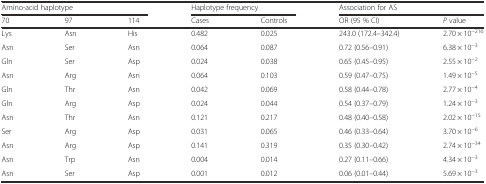
<table><thead><tr><td colspan="3"><b>Amino-acid haplotype</b></td><td colspan="2"><b>Haplotype frequency</b></td><td colspan="2"><b>Association for AS</b></td></tr><tr><td><b>70</b></td><td><b>97</b></td><td><b>114</b></td><td><b>Cases</b></td><td><b>Controls</b></td><td><b>OR (95 % CI)</b></td><td><b><i>P</i> value</b></td></tr></thead><tbody><tr><td>Lys</td><td>Asn</td><td>His</td><td>0.482</td><td>0.025</td><td>243.0 (172.4–342.4)</td><td>2.70 × 10<sup>−216</sup></td></tr><tr><td>Asn</td><td>Ser</td><td>Asn</td><td>0.064</td><td>0.087</td><td>0.72 (0.56–0.91)</td><td>6.38 × 10<sup>−3</sup></td></tr><tr><td>Gln</td><td>Ser</td><td>Asp</td><td>0.024</td><td>0.038</td><td>0.65 (0.45–0.95)</td><td>2.55 × 10<sup>−2</sup></td></tr><tr><td>Asn</td><td>Arg</td><td>Asn</td><td>0.064</td><td>0.103</td><td>0.59 (0.47–0.75)</td><td>1.49 × 10<sup>−5</sup></td></tr><tr><td>Gln</td><td>Thr</td><td>Asn</td><td>0.042</td><td>0.069</td><td>0.58 (0.44–0.78)</td><td>2.77 × 10<sup>−4</sup></td></tr><tr><td>Gln</td><td>Arg</td><td>Asp</td><td>0.024</td><td>0.044</td><td>0.54 (0.37–0.79)</td><td>1.24 × 10<sup>−3</sup></td></tr><tr><td>Asn</td><td>Thr</td><td>Asn</td><td>0.121</td><td>0.217</td><td>0.48 (0.40–0.58)</td><td>2.02 × 10<sup>−15</sup></td></tr><tr><td>Ser</td><td>Arg</td><td>Asp</td><td>0.031</td><td>0.065</td><td>0.46 (0.33–0.64)</td><td>3.70 × 10<sup>−6</sup></td></tr><tr><td>Asn</td><td>Arg</td><td>Asp</td><td>0.141</td><td>0.319</td><td>0.35 (0.30–0.42)</td><td>2.74 × 10<sup>−34</sup></td></tr><tr><td>Asn</td><td>Trp</td><td>Asn</td><td>0.004</td><td>0.014</td><td>0.27 (0.11–0.66)</td><td>4.34 × 10<sup>−3</sup></td></tr><tr><td>Asn</td><td>Ser</td><td>Asp</td><td>0.001</td><td>0.012</td><td>0.06 (0.01–0.44)</td><td>5.69 × 10<sup>−3</sup></td></tr></tbody></table>